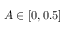
A \in [ 0 , 0 . 5 ]